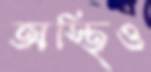
অস্থিও